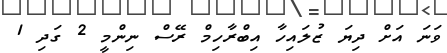
ވަނަ އަށް ދިޔަ ޒުލައިހާ އިބްރާހިމް ރޭސް ނިންމީ 2 ގަދި 1